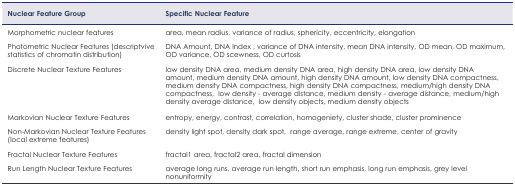
<table><thead><tr><td><b>Nuclear Feature Group</b></td><td><b>Specific Nuclear Feature</b></td></tr></thead><tbody><tr><td>Morphometric nuclear features</td><td>area, mean radius, variance of radius, sphericity, eccentricity, elongation</td></tr><tr><td>Photometric Nuclear Features (descriptvive statistics of chromatin distribution)</td><td>DNA Amount, DNA Index, variance of DNA intensity, mean DNA intensity, OD mean, OD maximum, OD variance, OD scewness, OD curtosis</td></tr><tr><td>Discrete Nuclear Texture Features</td><td>low density DNA area, medium density DNA area, high density DNA area, low density DNA amount, medium density DNA amount, high density DNA amount, low density DNA compactness, medium density DNA compactness, high density DNA compactness, medium/high density DNA compactness, low density - average distance, medium density - average distance, medium/high density average distance, low density objects, medium density objects</td></tr><tr><td>Markovian Nuclear Texture Features</td><td>entropy, energy, contrast, correlation, homogeniety, cluster shade, cluster prominence</td></tr><tr><td>Non-Markovian Nuclear Texture Features (local extreme features)</td><td>density light spot, density dark spot, range average, range extreme, center of gravity</td></tr><tr><td>Fractal Nuclear Texture Features</td><td>fractal1 area, fractal2 area, fractal dimension</td></tr><tr><td>Run Length Nuclear Texture Features</td><td>average long runs, average run length, short run emphasis, long run emphasis, grey level nonuniformity</td></tr></tbody></table>